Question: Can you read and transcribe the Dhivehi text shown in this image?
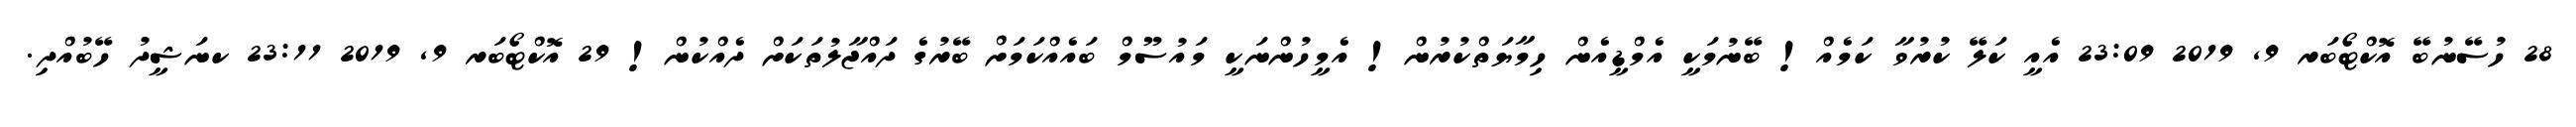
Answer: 28 ހުސޭނުބޭ އޮކްޓޯބަރ 9, 2019 23:09 އެއީ ކަލޭ ކުރުވާ ކަމެއް! ބޭނުމަކީ އެމްޑީއެން ހިމާޔަތްކުރުން! އެމީހުންނަކީ މައުސޫމް ބައެއްކަމަށް ބޭރުގެ ދައްޖާލުތަކަށް ދެއްކުން! 29 އޮކްޓޯބަރ 9, 2019 23:11 ކނަޝީދު ހޭބުއްދި.